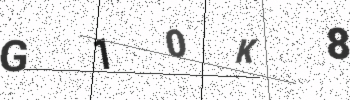
Text: G10K8